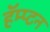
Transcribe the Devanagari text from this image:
हॅम्प्टन